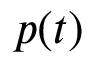
p ( t )